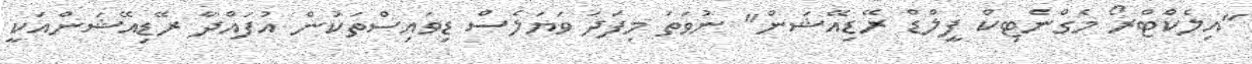
"އިލެކްޓްރޯ މެގްނެޓިކް ފީލްޑް ރޭޑިއޭޝަން" ނުވަތަ މިފަދަ ވަޔަލެސް ޑިވައިސްތަކުން އުފައްދާ ރޭޑިއޭޝަންއަކީ